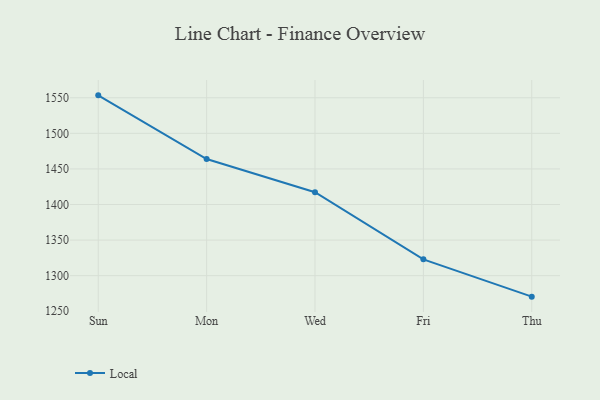
{"axis": {"x": "Day", "y": "Market Share (%)"}, "legend": ["Local"], "data": [{"x": "Sun", "y": 1553.4, "type": "Local"}, {"x": "Mon", "y": 1463.9, "type": "Local"}, {"x": "Wed", "y": 1417.2, "type": "Local"}, {"x": "Fri", "y": 1322.9, "type": "Local"}, {"x": "Thu", "y": 1270.5, "type": "Local"}]}